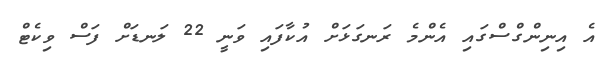
އެ އިނިންގްސްގައި އެންމެ ރަނގަޅަށް އުކާފައި ވަނީ 22 ލަނޑަށް ފަސް ވިކެޓް